Indian journal of veterinary science and animal husbandry - Volume 9,
Year: 1939
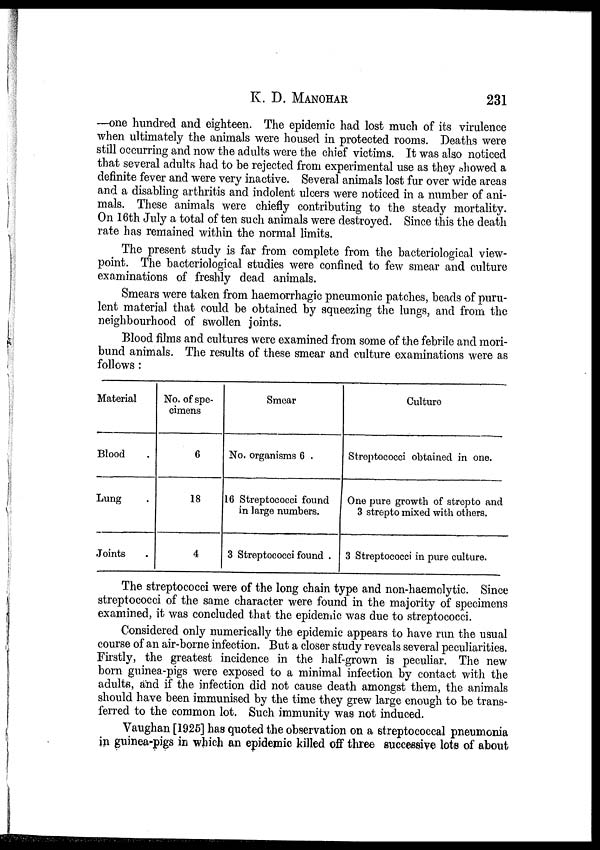
K. D.
MANOHAR
231
—one hundred and eighteen. The epidemic had lost much of its virulence
when ultimately the animals were housed in protected rooms. Deaths were
still occurring and now the adults were the chief victims. It was also noticed
that several adults had to be rejected from experimental use as they showed a
definite fever and were very inactive. Several animals lost fur over wide areas
and a disabling arthritis and indolent ulcers were noticed in a number of ani-
mals. These animals were chiefly contributing to the steady mortality.
On 16th July a total of ten such animals were destroyed. Since this the death
rate has remained within the normal limits.
The present study is far from complete from the bacteriological view-
point. The bacteriological studies were confined to few smear and culture
examinations of freshly dead animals.
Smears were taken from haemorrhagic pneumonic patches, beads of puru-
lent material that could be obtained by squeezing the lungs, and from the
neighbourhood of swollen joints.
Blood films and cultures were examined from some of the febrile and mori-
bund animals. The results of these smear and culture examinations were as
follows :
Material
Blood .
Lung .
Joints .
No. of spe-
cimens
6
18
4
Smear
No. organisms 6 .
16 Streptococci found
in large numbers.
3 Streptococci found .
Culture
Streptococci obtained in one.
One pure growth of strep to and
3 strepto mixed with others.
3 Streptococci in pure culture.
The streptococci were of the long chain type and non-haemolytic. Since
streptococci of the same character were found in the majority of specimens
examined, it was concluded that the epidemic was due to streptococci.
Considered only numerically the epidemic appears to have run the usual
course of an air-borne infection. But a closer study reveals several peculiarities.
Firstly, the greatest incidence in the half-grown is peculiar. The new
born guinea-pigs were exposed to a minimal infection by contact with the
adults, and if the infection did not cause death amongst them, the animals
should have been immunised by the time they grew large enough to be trans-
ferred to the common lot. Such immunity was not induced.
Vaughan [1925] has quoted the observation on a streptococcal pneumonia
in guinea-pigs in which an epidemic killed off three successive lots of about